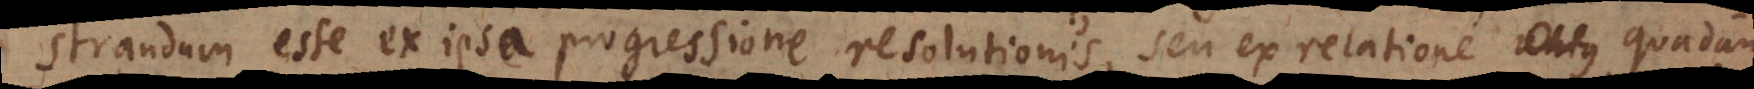
demonstrandum esse ex ipsa progressione resolutionis, seu ex relatione quadam